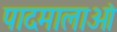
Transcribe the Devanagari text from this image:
पादमालाओं